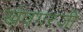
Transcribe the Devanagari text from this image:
खेवगरजी